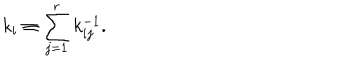
k _ { i } \equiv \sum _ { j = 1 } ^ { r } k _ { i j } ^ { - 1 } .